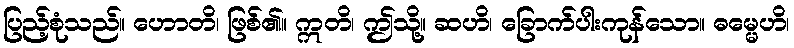
ပြည့်စုံသည်။ ဟောတိ၊ ဖြစ်၏။ ဣတိ၊ ဤသို့။ ဆဟိ၊ ခြောက်ပါးကုန်သော။ ဓမ္မေဟိ၊